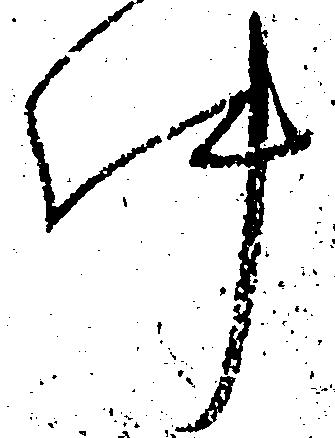
件